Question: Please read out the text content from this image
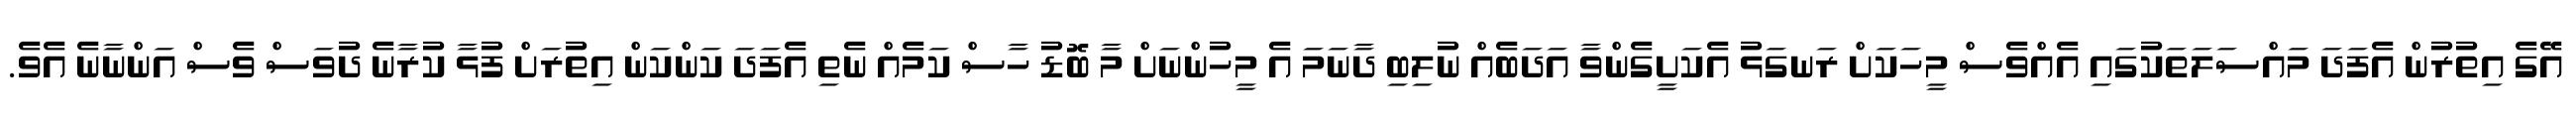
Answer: އޭގެ އިތުރުން އެފަދަ މައްސަލަތަކުގައި އެއްވެސް މީހަކަށް ރަނގަޅު އެކަށީގެންވާ އަދަބެއް ނުލިބި ދާނަމަ އެ މީހުންނަށް މާ ބޮޑު ހާސް ކަމެއް ނެތި އެފަދަ ކަންކަން އިތުރަށް ފުޅާ ކުރާނެ ދުވަސް ވެސް އަންނާނެ އެވެ.